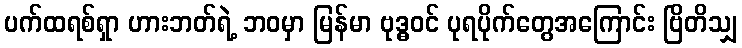
ပက်ထရစ်ရှာ ဟားဘတ်ရဲ့ ဘဝမှာ မြန်မာ ဗုဒ္ဓဝင် ပုရပိုက်တွေအကြောင်း ဗြိတိသျှ